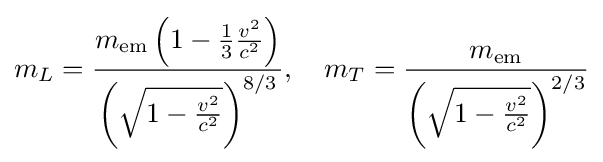
m_{L}={\frac {m_{\mathrm {em} }\left(1-{\frac {1}{3}}{\frac {v^{2}}{c^{2}}}\right)}{\left({\sqrt {1-{\frac {v^{2}}{c^{2}}}}}\right)^{8/3}}},\quad m_{T}={\frac {m_{\mathrm {em} }}{\left({\sqrt {1-{\frac {v^{2}}{c^{2}}}}}\right)^{2/3}}}